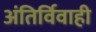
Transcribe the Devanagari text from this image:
अंतिर्विवाही